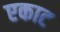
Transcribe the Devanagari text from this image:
एकाट